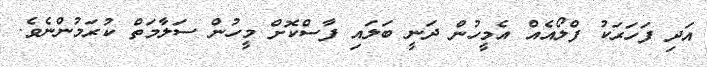
އަދި ފަހަރަކު ފްލޯއެއް އެމީހުން ދަނީ ބަލައި ފާސްކޮށް މީހުން ސަލާމަތް ކުރަމުންނެވެ.